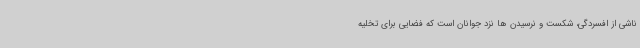
ناشی از افسردگی، شکست و نرسیدن ها نزد جوانان است که فضایی برای تخلیه